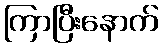
ကြာပြီးနောက်